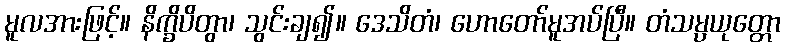
မူလအားဖြင့်။ နိက္ခိပိတွာ၊ သွင်းချ၍။ ဒေသိတံ၊ ဟောတော်မူအပ်ပြီ။ တံသမ္ပယုတ္တော